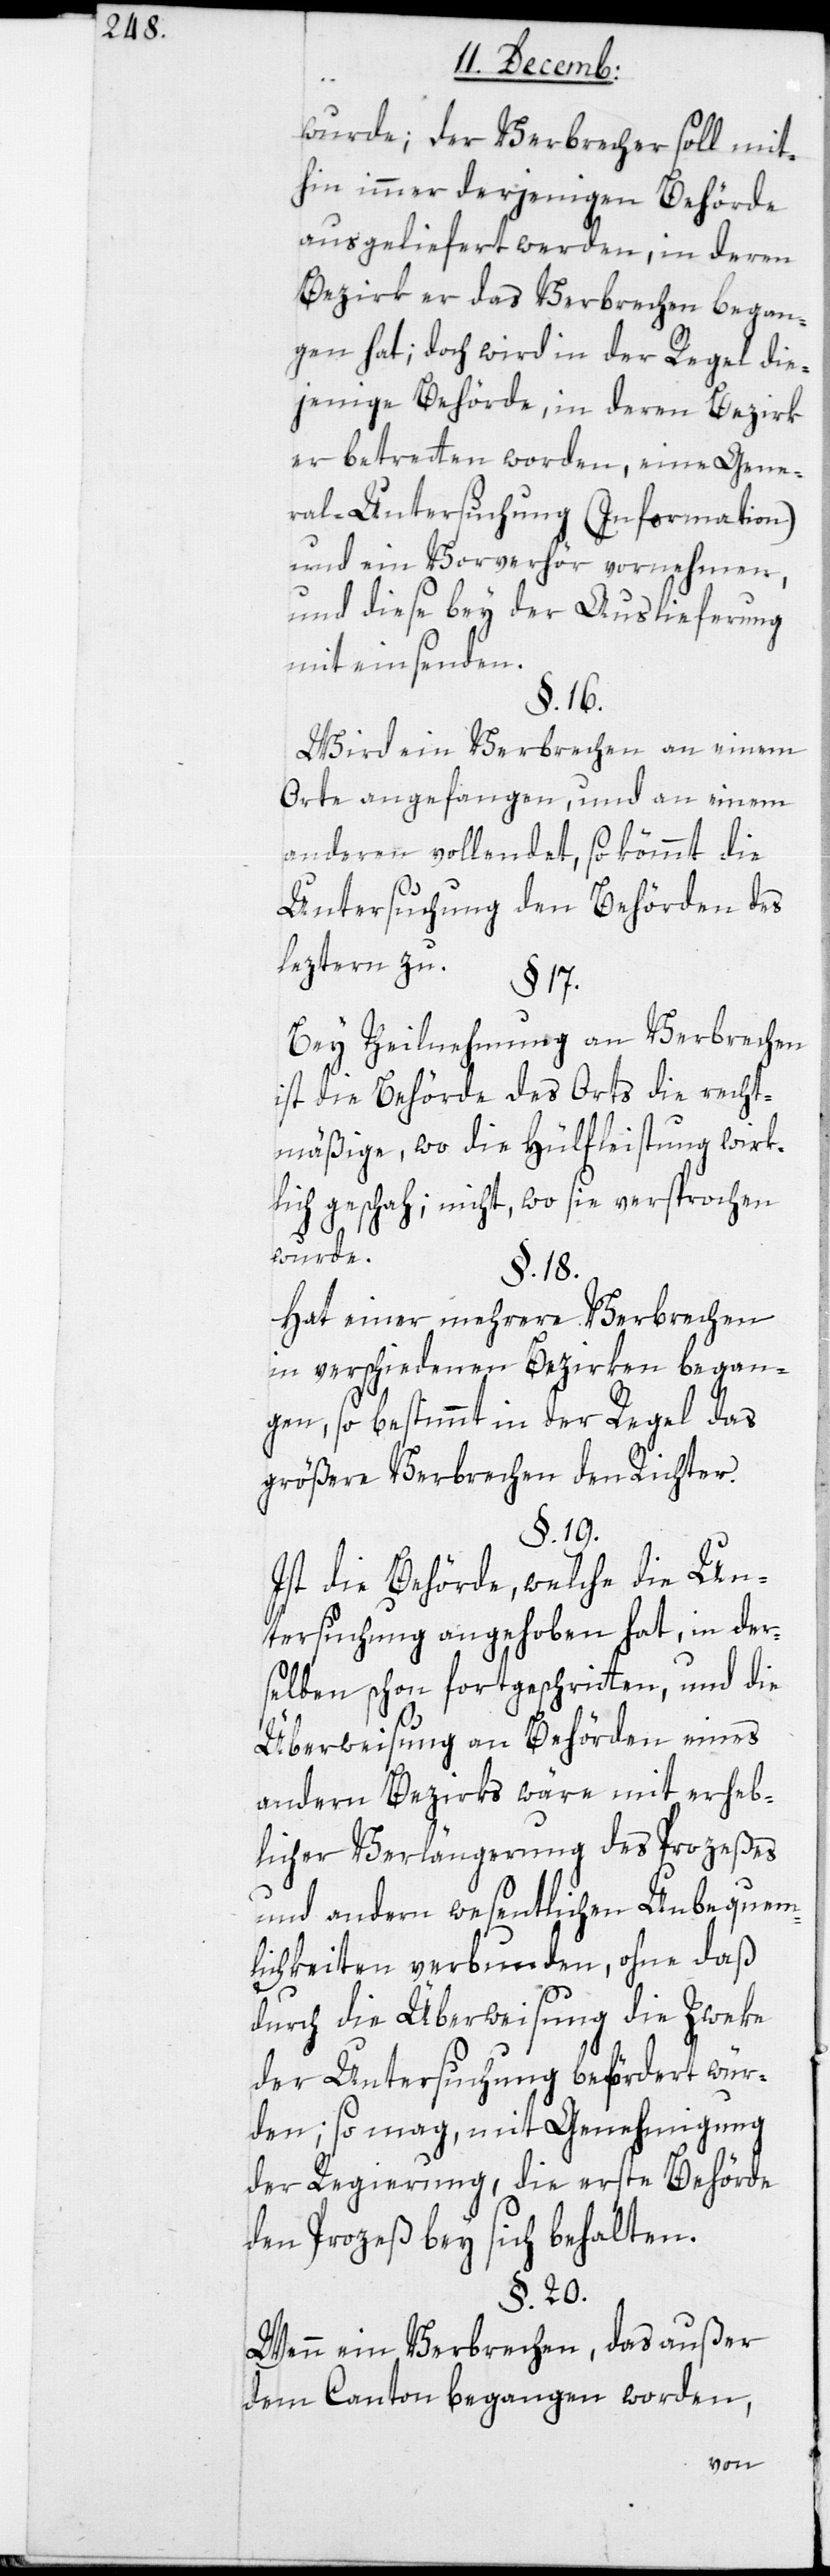
wurde; der Verbrecher soll mit¬
hin immer derjenigen Behörde
ausgeliefert werden, in deren
Bezirk er das Verbrechen began¬
gen hat; doch wird in der Regel die¬
jenige Behörde, in deren Bezirk
er betretten worden, eine Gene¬
ral-Untersuchung (Information)
und ein Vorverhör vornehmen,
und diese bey der Auslieferung
mit einsenden.
§. 16.
Wird ein Verbrechen an einem
Orte angefangen und an einem
anderen vollendet, so kömmt die
Untersuchung den Behörden des
leztern zu.
§. 17.
Bei Teilnehmung an Verbrechen
ist die Behörde des Orts die recht¬
mäßige, wo die Hülfleistung wirk¬
lich geschah; nicht, wo sie versprochen
wurde.
§. 18.
Hat einer mehrere Verbrechen
in verschiedenen Bezirken began¬
gen, so bestimmt in der Regel das
größere Verbrechen den Richter.
§. 19.
Ist die Behörde, welche die Un¬
tersuchung angehoben hat, in der¬
selben schon fortgeschritten, und die
Überweisung an Behörden eines
andern Bezirks wäre mit erheb¬
licher Verlängerung des Prozeßes
und andern wesentlichen Unbequem¬
lichkeiten verbunden, ohne daß
durch die Überweisung die Zweke
der Untersuchung befördert wür¬
den; so mag, mit Genehmigung
der Regierung, die erste Behörde
den Prozeß bey sich behalten.
§. 20.
Wenn ein Verbrechen, das außer
dem Canton begangen worden,